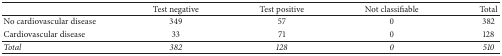
|  | Test negative | Test positive | Not classifiable | Total |
 | --- | --- | --- | --- | --- |
 | No cardiovascular disease | 349 | 57 | 0 | 382 |
 | Cardiovascular disease | 33 | 71 | 0 | 128 |
 | Total | 382 | 128 | 0 | 510 |